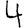
Digit: 4